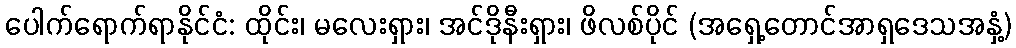
ပေါက်ရောက်ရာနိုင်ငံ: ထိုင်း၊ မလေးရှား၊ အင်ဒိုနီးရှား၊ ဖိလစ်ပိုင် (အရှေ့တောင်အာရှဒေသအနှံ့)